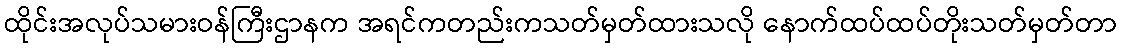
ထိုင်းအလုပ်သမားဝန်ကြီးဌာနက အရင်ကတည်းကသတ်မှတ်ထားသလို နောက်ထပ်ထပ်တိုးသတ်မှတ်တာ